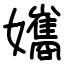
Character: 孈